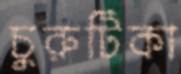
চুরুটিকা